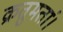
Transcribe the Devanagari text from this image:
क्रतुमतां।